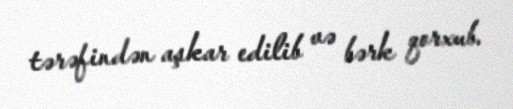
tərəfindən aşkar edilib və bərk qorxub.